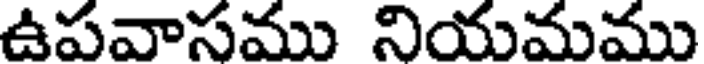
ఉపవాసము నియమము